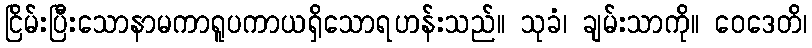
ငြိမ်းပြီးသောနာမကာရူပကာယရှိသောရဟန်းသည်။ သုခံ၊ ချမ်းသာကို။ ဝေဒေတိ၊